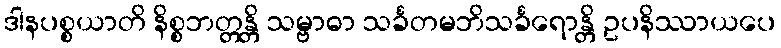
ဒါနပစ္စယာတိ နိစ္စဘတ္တန္တိ သမ္ဗာဓာ သင်္ခတမဘိသင်္ခရောန္တိ ဥပနိဿာယပေ